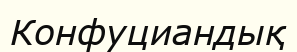
Конфуциандық